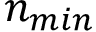
n _ { m i n }